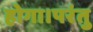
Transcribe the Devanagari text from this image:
होगा।परंतु